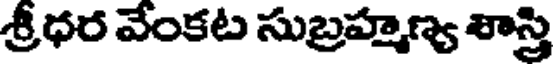
శ్రీధర వేంకట సుబ్రహ్మణ్య శాస్త్రి